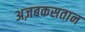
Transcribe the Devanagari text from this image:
अज़बकसतान